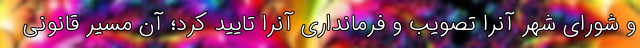
و شورای شهر آنرا تصویب و فرمانداری آنرا تایید کرد؛ آن مسیر قانونی